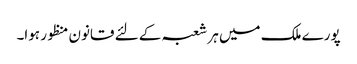
پورے ملک میں ہر شعبہ کے لئے قانون منظور ہوا۔